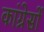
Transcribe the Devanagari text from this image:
कांग्रेसों